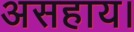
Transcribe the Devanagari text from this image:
असहाय।